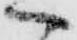
へ